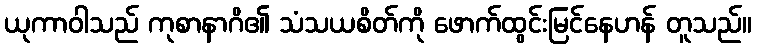
ယုကာဝါသည် ကုစာနာဂိ၏ သံသယစိတ်ကို ဖောက်ထွင်းမြင်နေဟန် တူသည်။